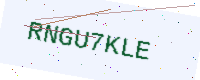
Text: RNGU7KLE